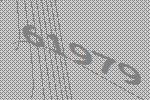
61979